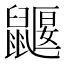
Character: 鼴